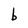
Character: b